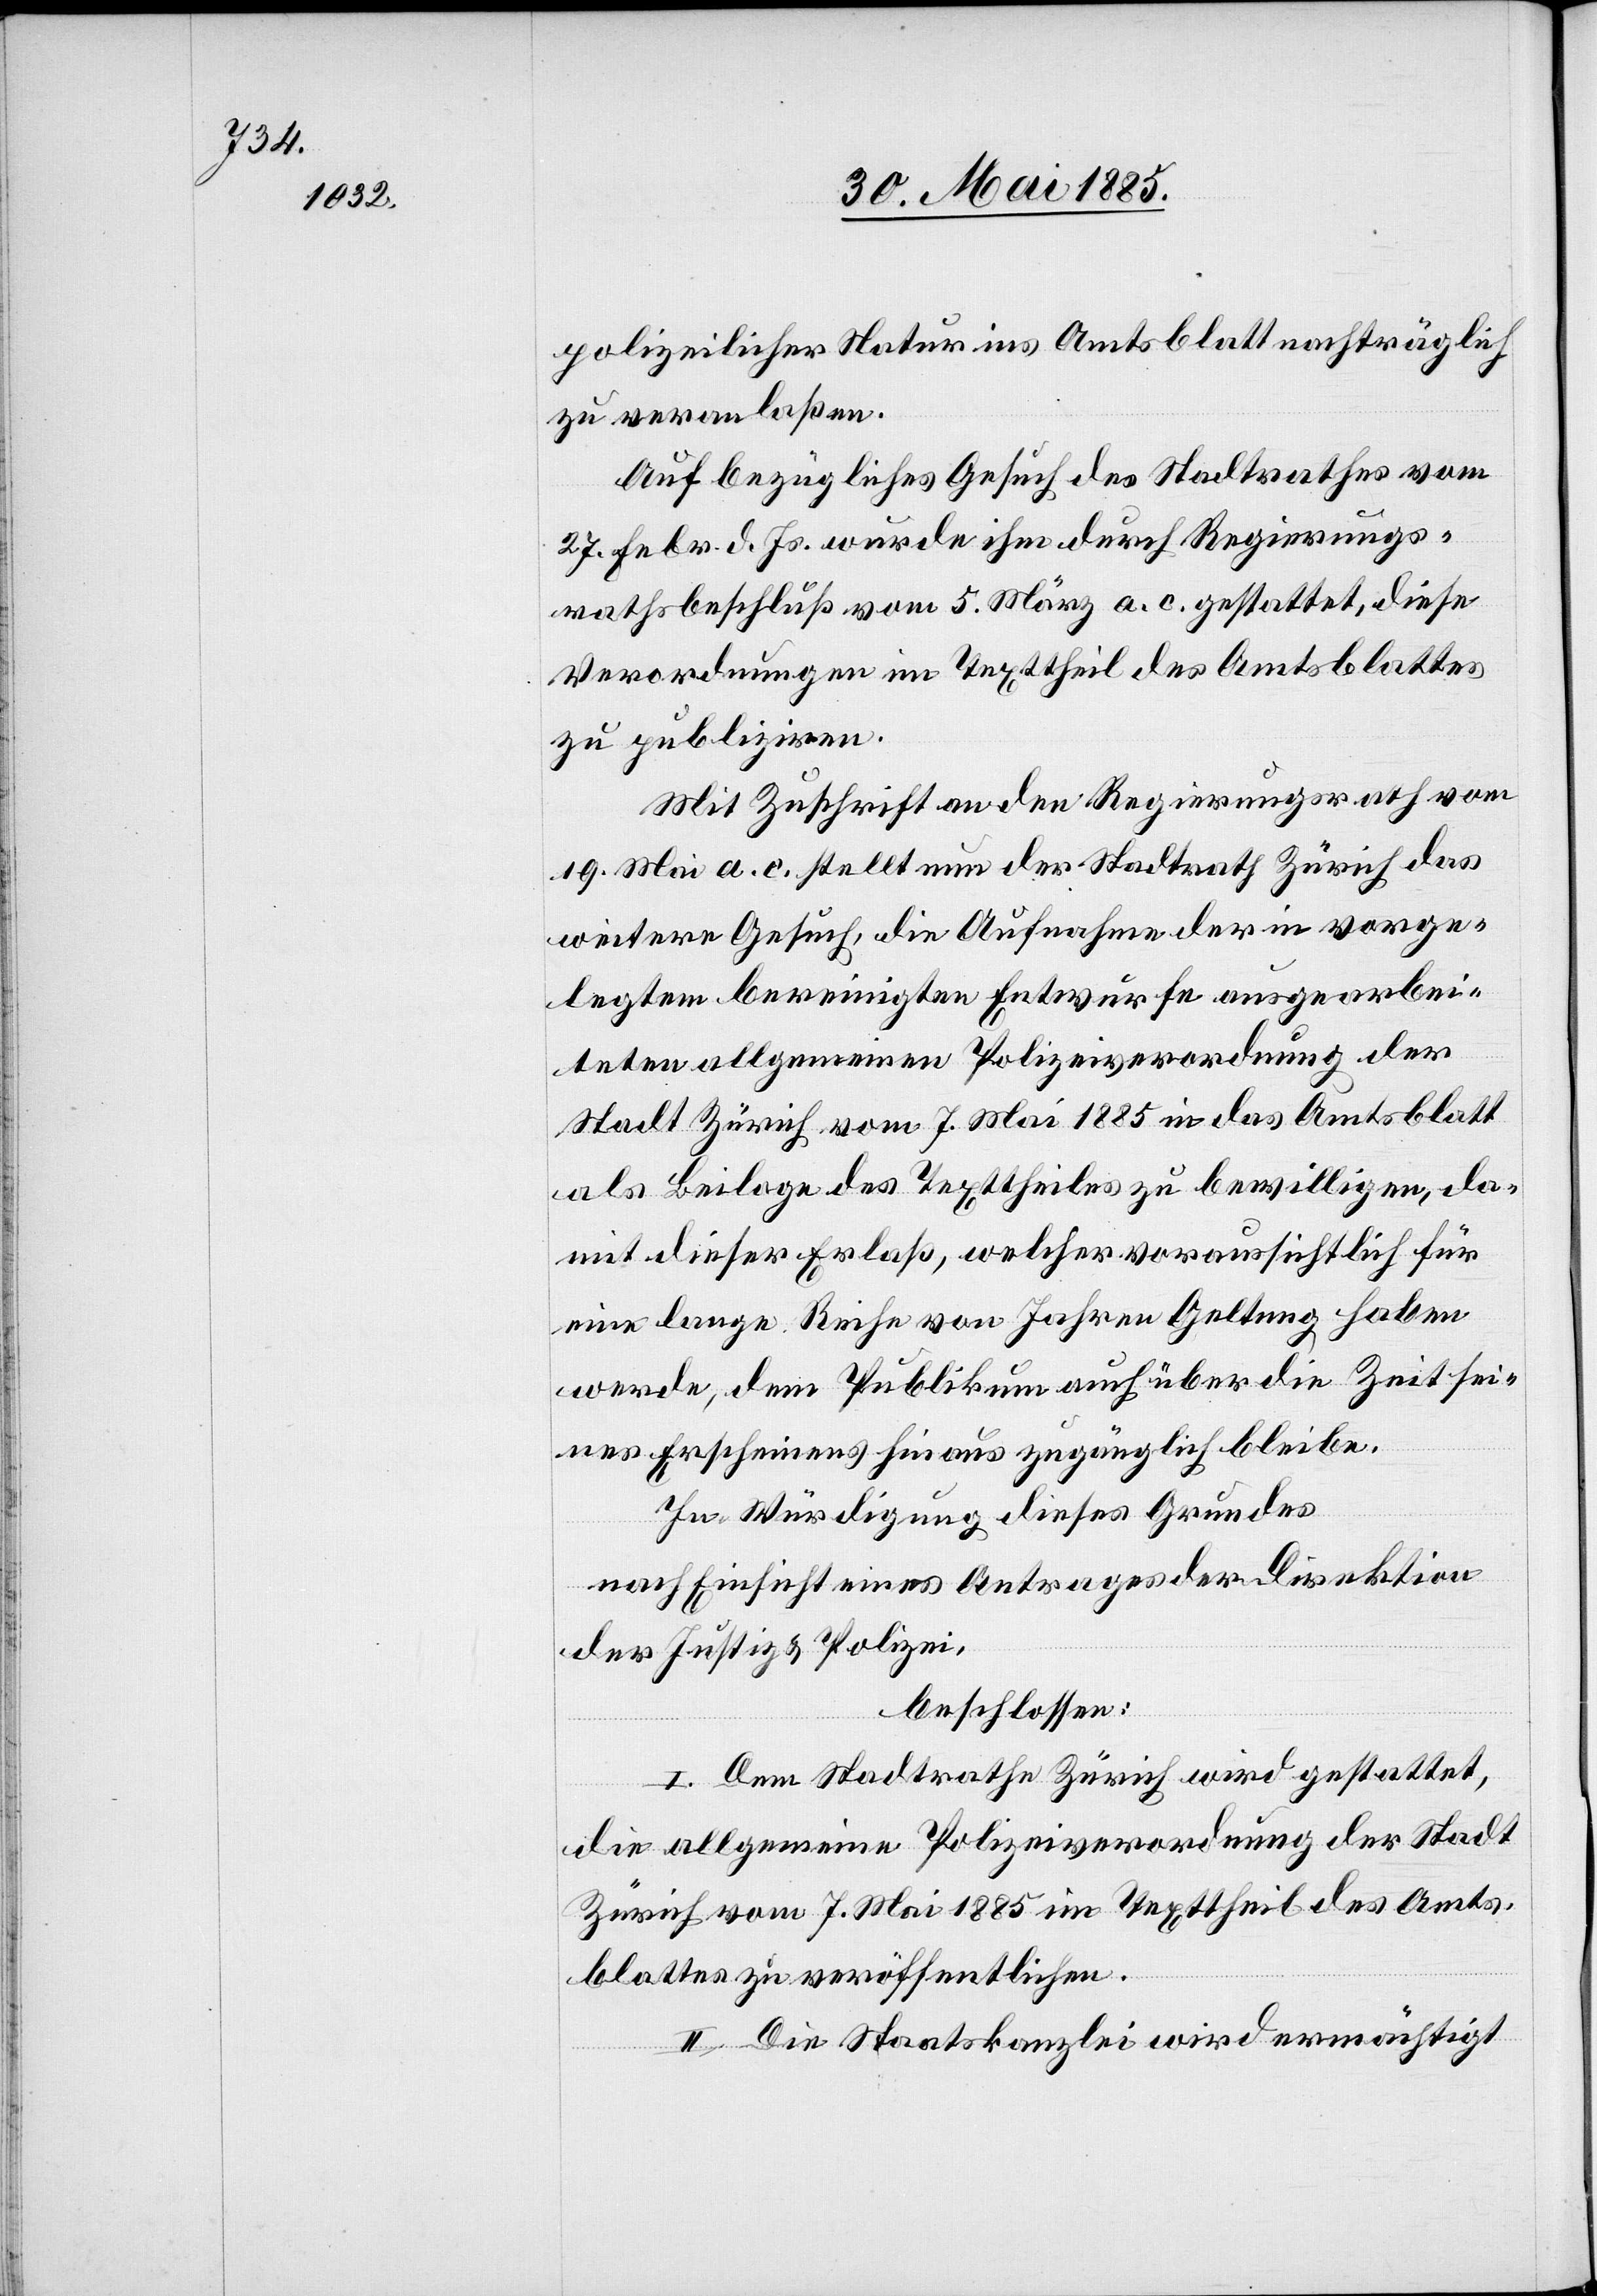
polizeilicher Natur ins Amtsblatt nachträglich
zu veranlaßen.
Auf bezügliches Gesuch des Stadtrathes vom
27. Febr. d. Js,. wurde ihm durch Regierungs¬
beschluß vom 5. März a. c. gestattet, diese
Verordnungen im Texttheil des Amtsblattes
zu publiziren.
Mit Zuschrift an den Regierungsrath vom
19. Mai a. c. stellt nun der Stadtrath Zürich das
weitere Gesuch, die Aufnahme der in vorge¬
legtem bereinigten Entwurfe ausgearbei¬
teten allgemeinen Polizeiverordnung der
Stadt Zürich vom 7. Mai 1885 in das Amtsblatt
als Beilage des Texttheiles zu bewilligen, da¬
mit dieser Erlaß, welcher voraussichtlich für
eine lange Reihe von Jahren Geltung haben
werde, dem Publikum auch über die Zeit sei¬
nes Erscheinens hinaus zugänglich bleibe.
In Würdigung dieses Grundes
nach Einsicht eines Antrages der Direktion
der Justiz & Polizei,
beschlossen:
I. Dem Stadtrathe Zürich wird gestattet,
die allgemeine Polizeiverordnung der Stadt
Zürich vom 7. Mai 1885 im Texttheil des Amts¬
blattes zu veröffentlichen.
II. Die Staatskanzlei wird ermächtigt